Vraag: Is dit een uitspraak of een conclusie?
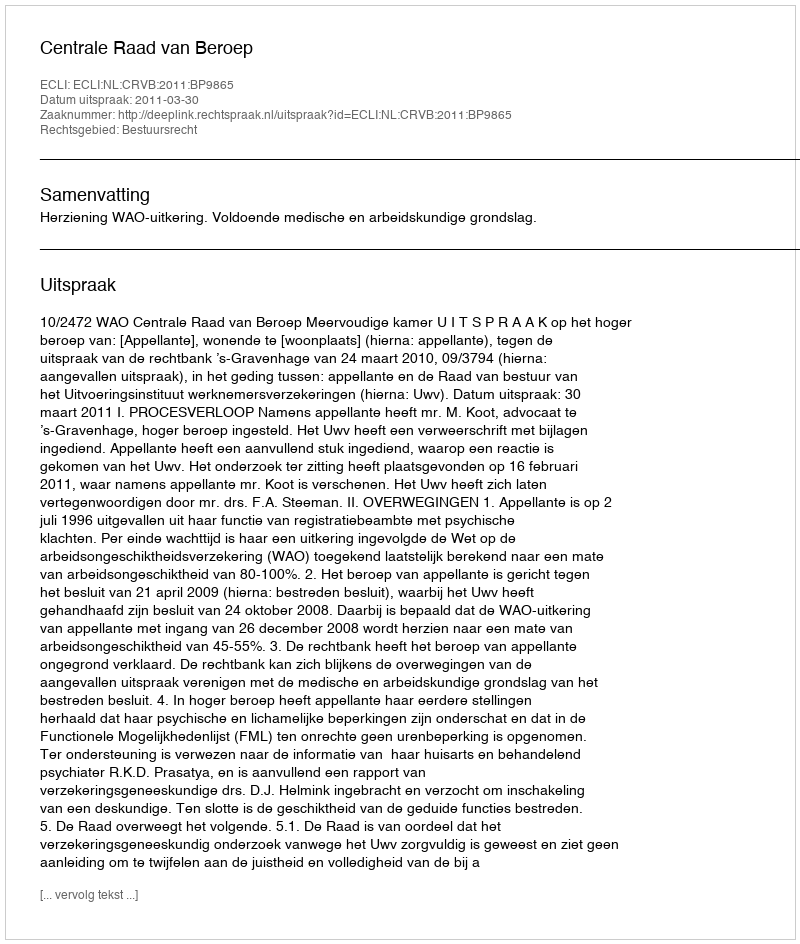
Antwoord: Uitspraak